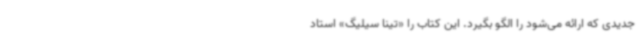
جدیدی که ارائه می‌شود را الگو بگیرد. این کتاب را «تینا سیلیگ» استاد